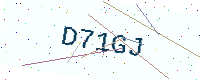
Text: D71GJ